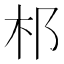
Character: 䢶